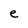
Character: e